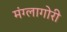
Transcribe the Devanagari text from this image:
मंग्लागोरी